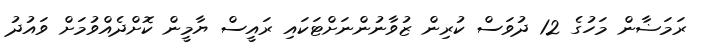
ރަމަޟާން މަހުގެ 12 ދުވަސް ކުރިން ޒުވާނުންނަށްޓަކައި ރައީސް ޔާމީން ކޮށްދެއްވުމަށް ވައުދު